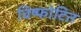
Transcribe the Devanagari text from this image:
विष्फोटित